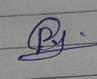
Signature authenticity: forged